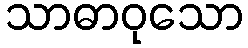
သာဓာဝုသော